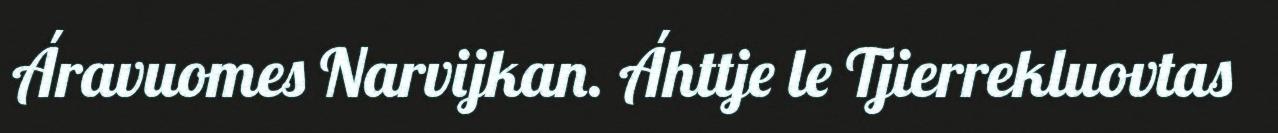
Áravuomes Narvijkan. Áhttje le Tjierrekluovtas